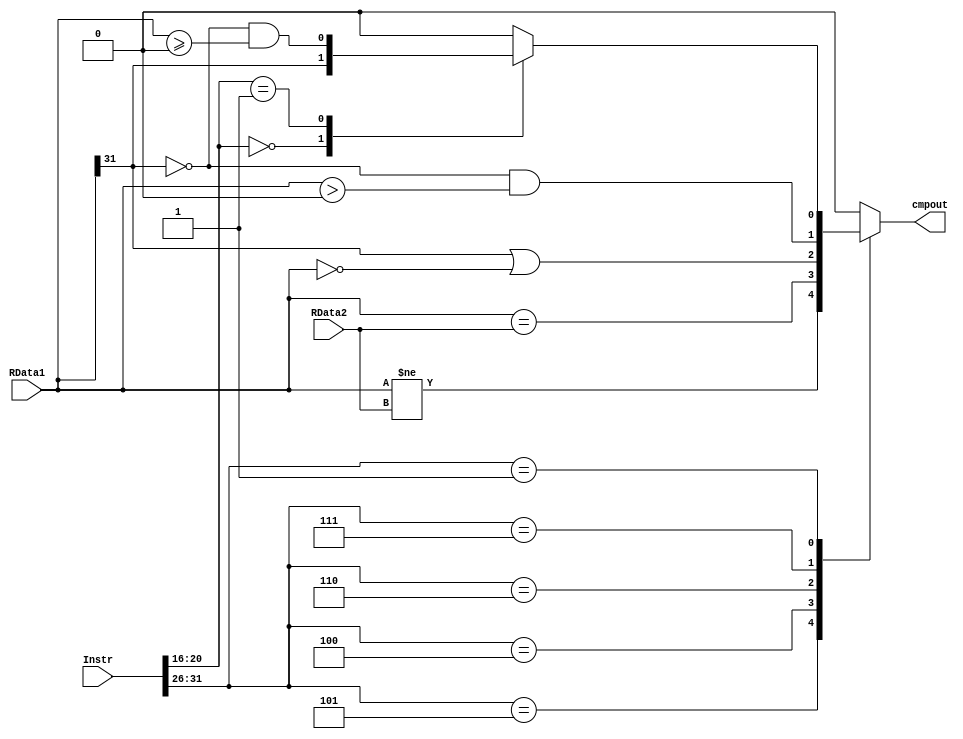
`timescale 1ns / 1ps
//////////////////////////////////////////////////////////////////////////////////
// Company: 
// Engineer: 
// 
// Design Name: 
// Module Name:    cmp 
// Project Name: 
// Target Devices: 
// Tool versions: 
// Description: 
//
// Dependencies: 
//
// Revision: 
// Revision 0.01 - File Created
// Additional Comments: 
//
//////////////////////////////////////////////////////////////////////////////////
`define beq 6'b000100
`define bne 6'b000101
`define blez    6'b000110
`define bgtz    6'b000111
`define regimm  6'b000001
`define bltz    5'b00000
`define bgez    5'b00001
module cmp(
    input [31:0] Instr,
    input [31:0] RData1,
    input [31:0] RData2,
    output reg cmpout
    );
	wire [5:0] op;
	assign op = Instr[31:26];
	always @(*)
	case (op)
		`bne: cmpout = RData1 != RData2;
		`beq: cmpout = RData1 == RData2;
		`blez: cmpout = RData1[31] || RData1 == 0;
		`bgtz: cmpout = ! RData1[31] && RData1 > 0;
		`regimm: case(Instr[20:16])
						`bltz: cmpout = RData1[31];
						`bgez: cmpout = ! RData1[31] && RData1 >= 0;
						default: cmpout = 0;
					endcase
		default: cmpout = 0;
	endcase
endmodule